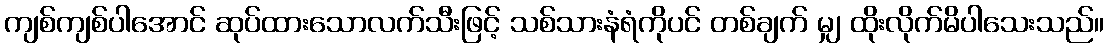
ကျစ်ကျစ်ပါအောင် ဆုပ်ထားသောလက်သီးဖြင့် သစ်သားနံရံကိုပင် တစ်ချက် မျှ ထိုးလိုက်မိပါသေးသည်။